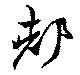
都